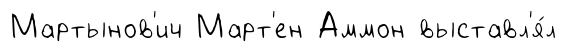
Мартынов'ич Март'ен Аммон выставл'я́л